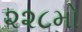
૨૨૮મો